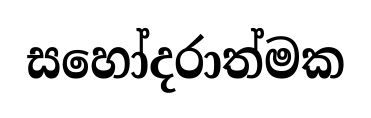
සහෝදරාත්මක